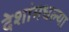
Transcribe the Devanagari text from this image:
देशांमधल्या